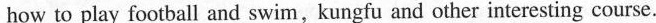
how to play football and swim, kungfu and other interesting course.